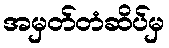
အမှတ်တံဆိပ်မှ